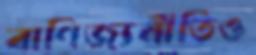
বাণিজ্যনীতিও